画像に写った文字を読んでください
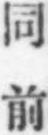
「同前」と書いてあります